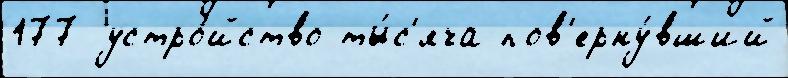
177 устро́йство ты́с'яча пов'ерну́вший